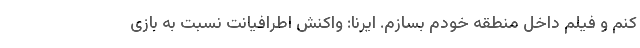
کنم و فیلم داخل منطقه خودم بسازم. ایرنا: واکنش اطرافیانت نسبت به بازی